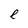
Character: e